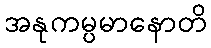
အနုကမ္ပမာနောတိ